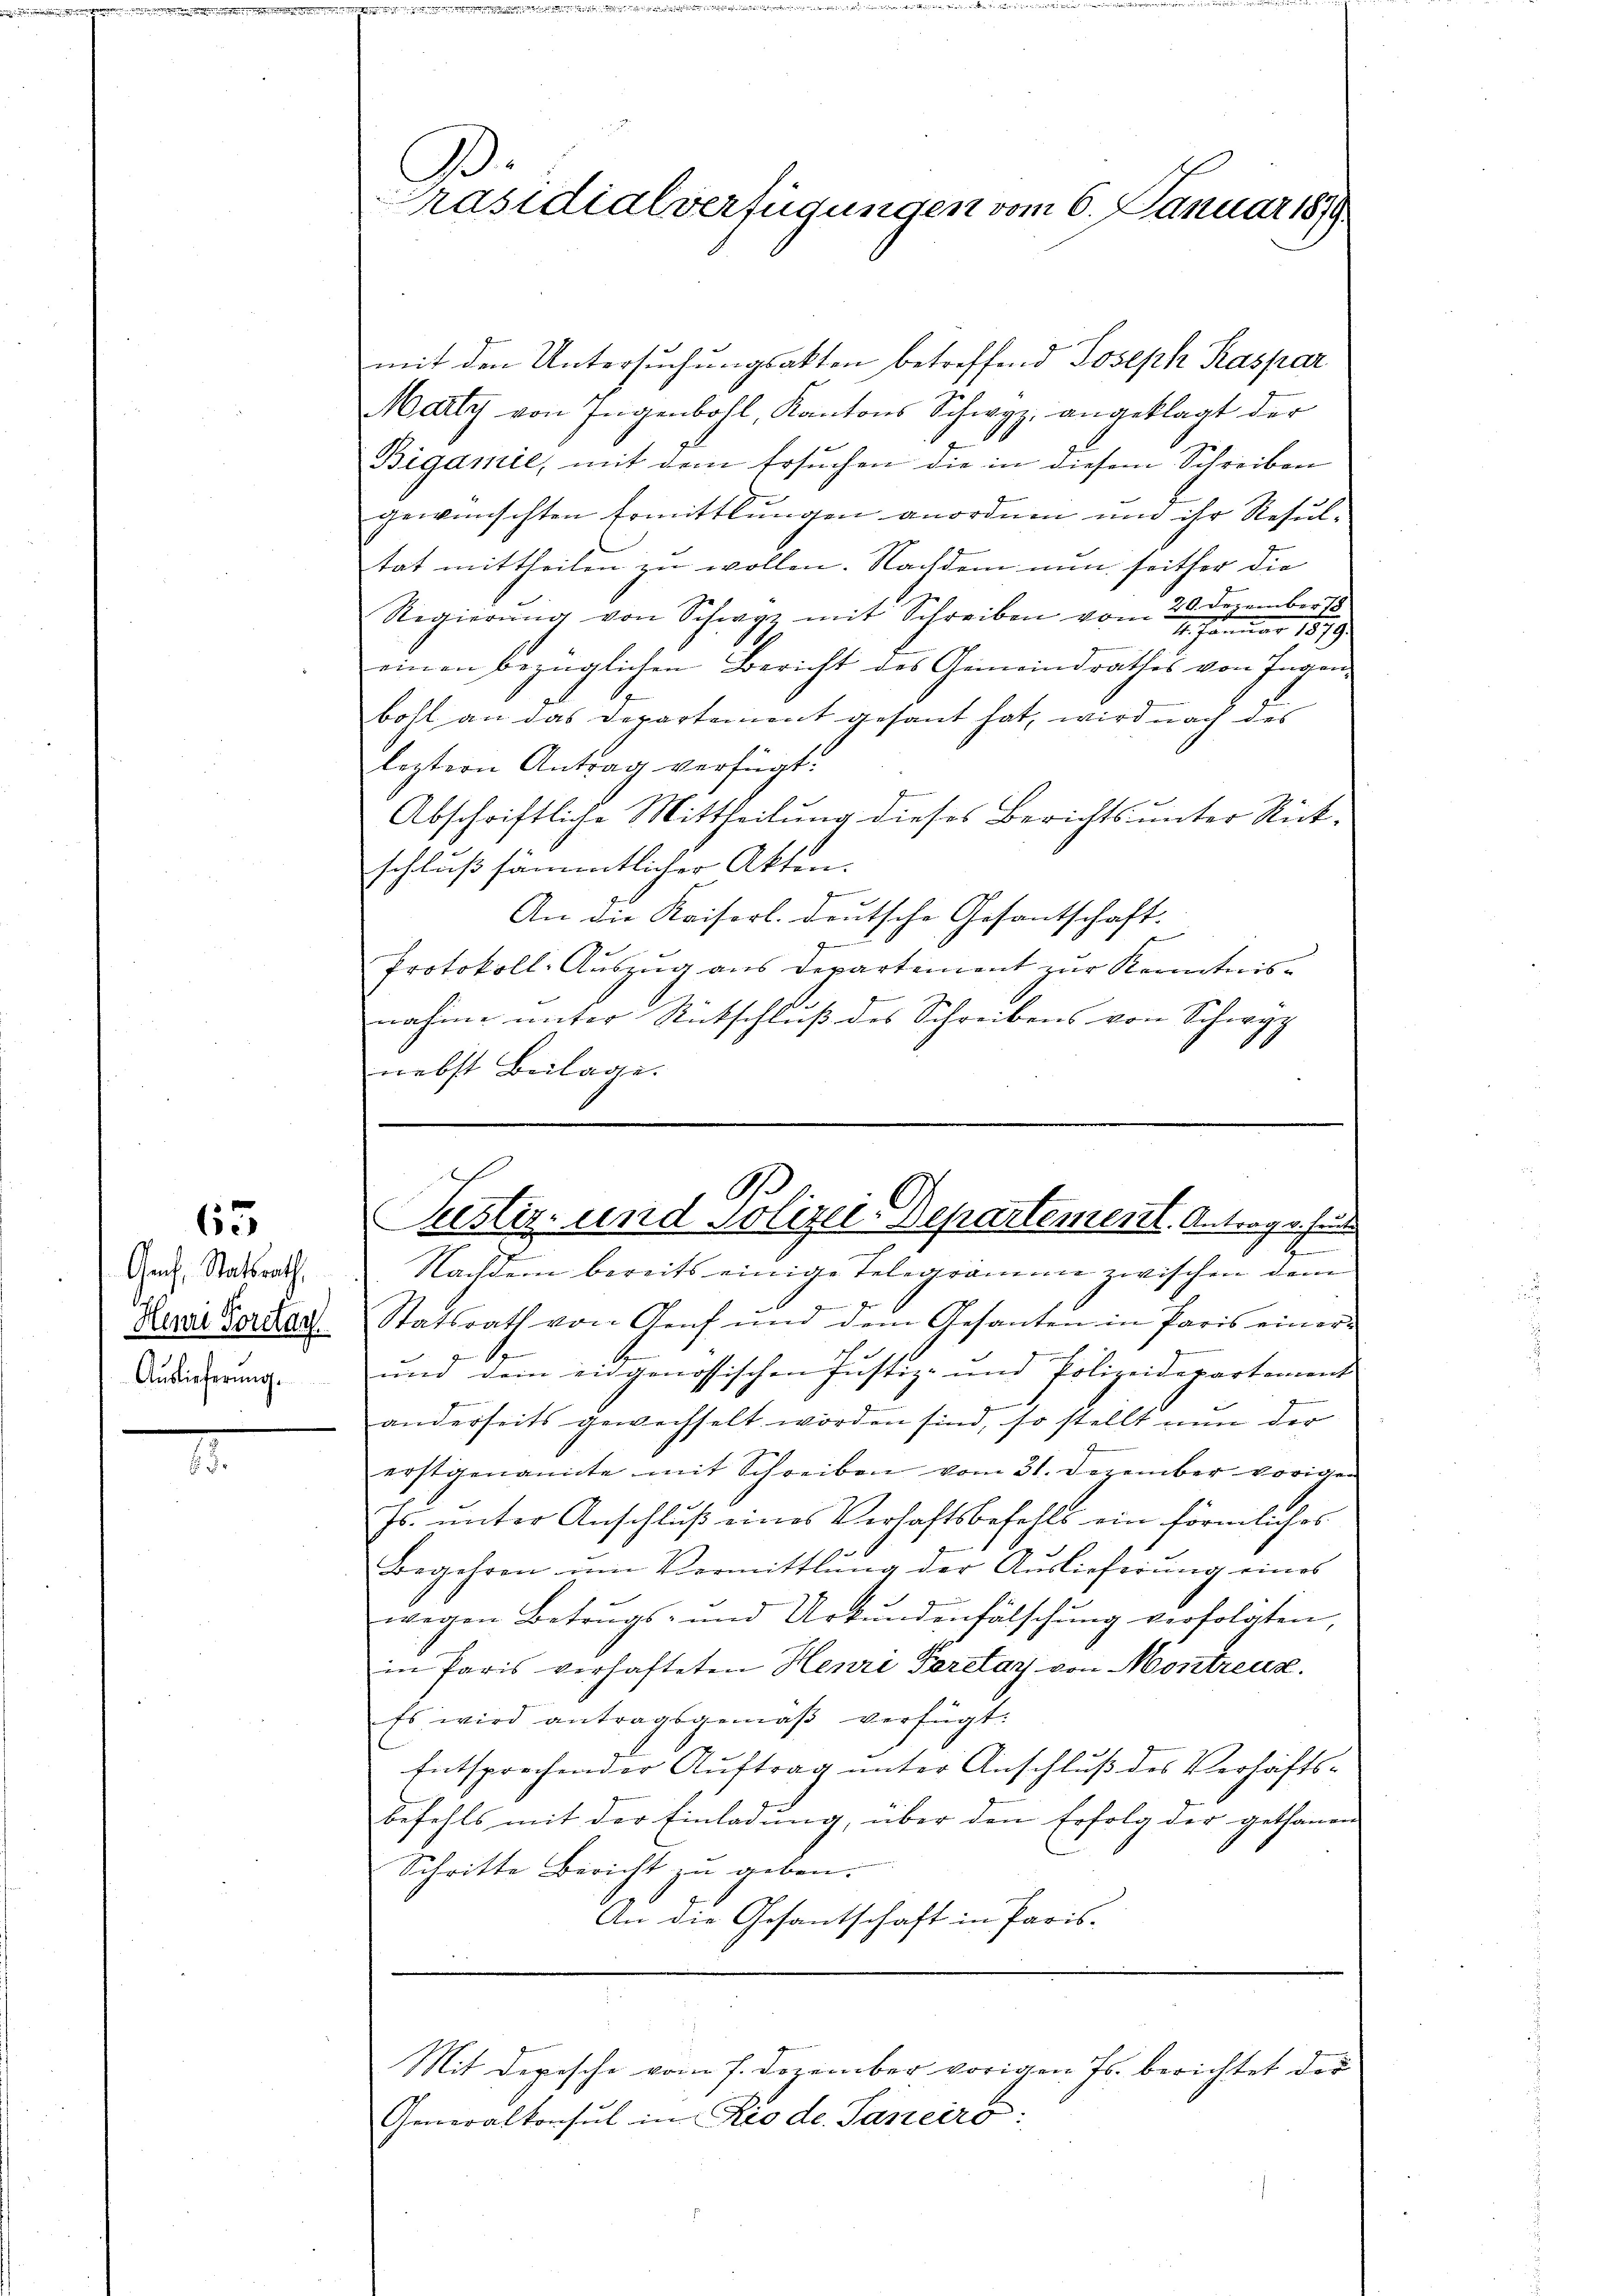
65

Genf, Statsrath,
Herr Portag
Auslieferung.

9.
räsidialverfügungen vom 6. Januar 1878

mit den Untersuchungsakten betreffend Joseph Raspar
Marty von Jugenbohl, Kantons Schwyz, angeklagt der
Bigamie, mit dem Ersuchen die in diesem Schreiben
gewünschten Ermittlungen anordnen und ihr Resultat mittheilen zu wollen. Nachdem nun seither die
20. Dezember 18
Regierung von Schwyz mit Schreiben vom
1. Januar 1879.
einen bezüglichen Bericht des Gemeindrathes von Tagen,
bohl an das Departement gesant hat, wird nach des
leztern Antrag verfügt:
Abschriftliche Mittheilung dieses Berichts unter Rück-
schluß sämmtlicher Akten. |
e
An die Kaiserl. deutsche Gesantschaft.
Protokoll. Auszug aus Departement zur Kenntnis-
s
s
nahme unter Rückschlŭβ des Schreibens von Schwyz
nebst Beilage.

Statsrath von Genf und dem Gesanten in Paris einer¬
1
und dein eidgenössischen Justiz- und Polizeidepartement
anderseits gewechselt worden sind, so stellt nun der
erstgenannte mit Schreiben vom 31. Dezember vorigen
Js. unter Anschluß eines Verhaftsbefehls ein förmliches
Begehren um Vermittlung der Auslieferung eines
wegen Betrugs- und Urkundenfälschung verfolgten,
in Paris verhafteten Henri Forelay von Montreux.
Es wird antragsgemäß verfügt:
Entsprechender Auftrag unter Anschluß des Verhafts-
befehls mit der Einladung, über den Erfolg der gethanen
Schritte Bericht zu geben.
An die Gesantschaft in Paris-

B.
Justiz- und Solizei-Departement. Antrag v. Fer

Nachdem bereits einige Telegramme zwischen dem

Generalkonsul in Rio de. Janeiro:

Mit Depesche vom 7. Dezember vorigen Js. berichtet der